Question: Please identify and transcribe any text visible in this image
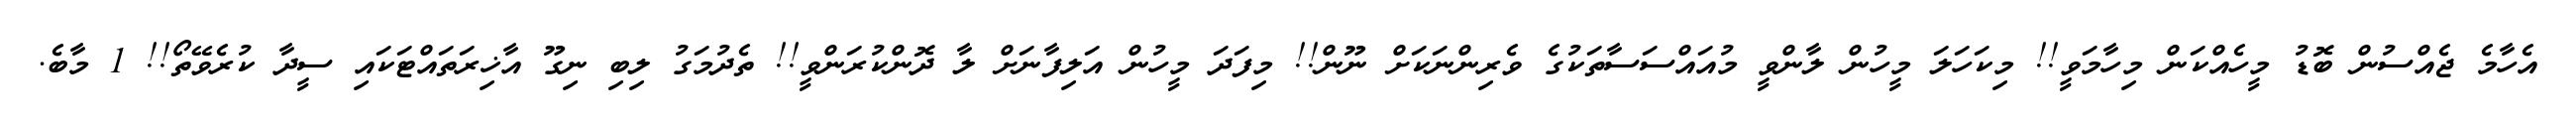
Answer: އެހާމެ ޖެއްސުން ބޮޑު މީހެއްކަން މިހާމަވީ!! މިކަހަލަ މީހުން ލާންވީ މުއައްސަސާތަކުގެ ވެރިންނަކަށް ނޫން!! މިފަދަ މީހުން އަލިފާނަށް ލާ ދޮންކުރަންވީ!! ތެދުމަގު ލިބި ނިގޫ އާޚިރަތައްޓަކައި ސީދާ ކުރެވޭތޯ!! 1 މާބެ.